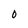
Character: S